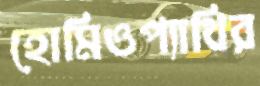
হোমিওপ্যাথির